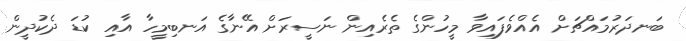
ބަނދަރުމައްޗަށް އެއްވެފައިވާ މީހުންގެ ތެރެއިން ނަސީރަށް އޭނާގެ އަނބިމީހާ އާއި ކުޑަ ދެކުދީން